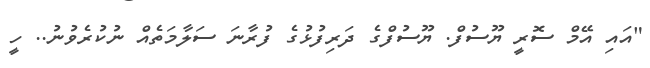
"އައި އޭމް ސޮރީ ޔޫސުފް. ޔޫސުފްގެ ދަރިފުޅުގެ ފުރާނަ ސަލާމަތެއް ނުކުރެވުނު.. ހީ